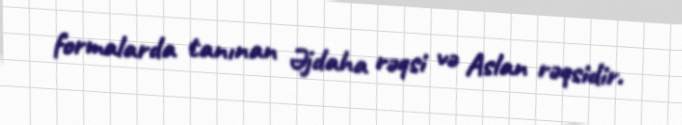
formalarda tanınan Əjdaha rəqsi və Aslan rəqsidir.